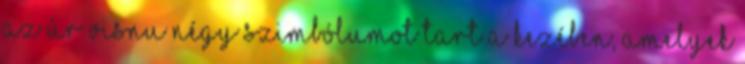
Az Úr Visnu négy szimbólumot tart a kezében, amelyek